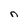
Character: n